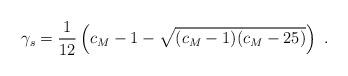
LaTeX: \begin{align*}\gamma_s=\frac{1}{12}\left(c_M-1-\sqrt{(c_M-1)(c_M-25)}\right)\ .\end{align*}